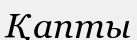
Қапты